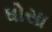
ધોસા